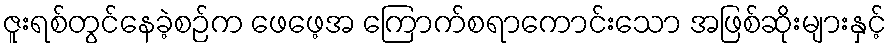
ဇူးရစ်တွင်နေခဲ့စဉ်က ဖေဖေ့အ ကြောက်စရာကောင်းသော အဖြစ်ဆိုးများနှင့်